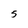
Character: 5